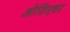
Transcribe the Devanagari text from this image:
ओसिएचर